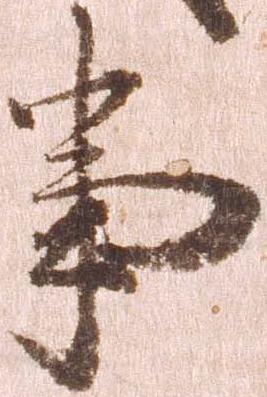
事